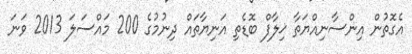
އެގޮތުން އިންސާނިއްޔަތާ ޚިލާފް ބޮޑެތި އަނިޔާތައް ދިނުމުގެ 200 މައްސަލަ 2013 ވަނަ